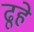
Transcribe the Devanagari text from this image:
ढूहे